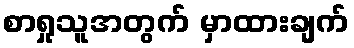
စာရှုသူအတွက် မှာထားချက်